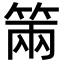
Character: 𥮩